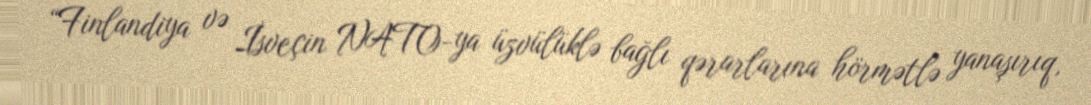
“Finlandiya və İsveçin NATO-ya üzvülüklə bağlı qərarlarına hörmətlə yanaşırıq,